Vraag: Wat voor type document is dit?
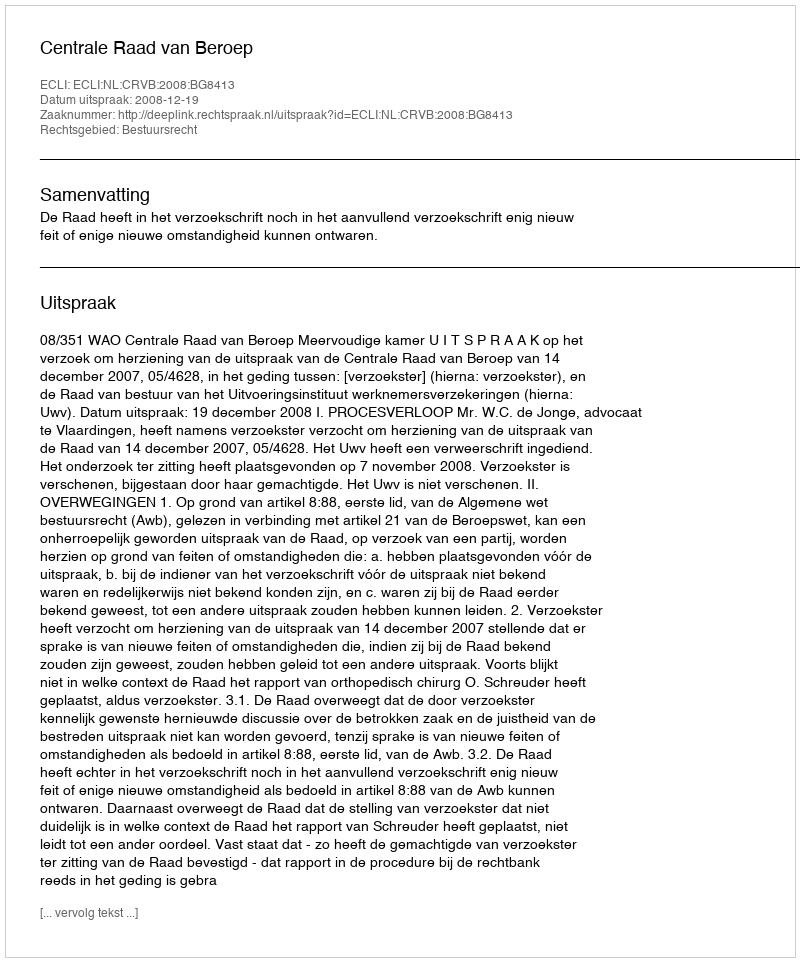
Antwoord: Uitspraak